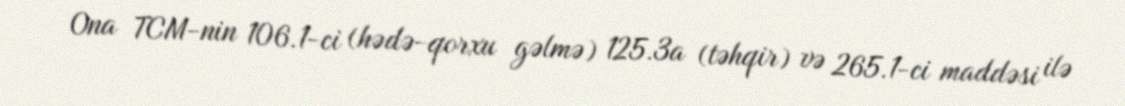
Ona TCM-nin 106.1-ci (hədə-qorxu gəlmə) 125.3a (təhqir) və 265.1-ci maddəsi ilə